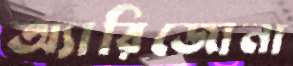
অ্যারিজোনা